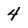
Character: 4